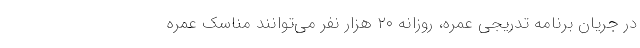
در جریان برنامه تدریجی عمره، روزانه ۲۰ هزار نفر می‌توانند مناسک عمره